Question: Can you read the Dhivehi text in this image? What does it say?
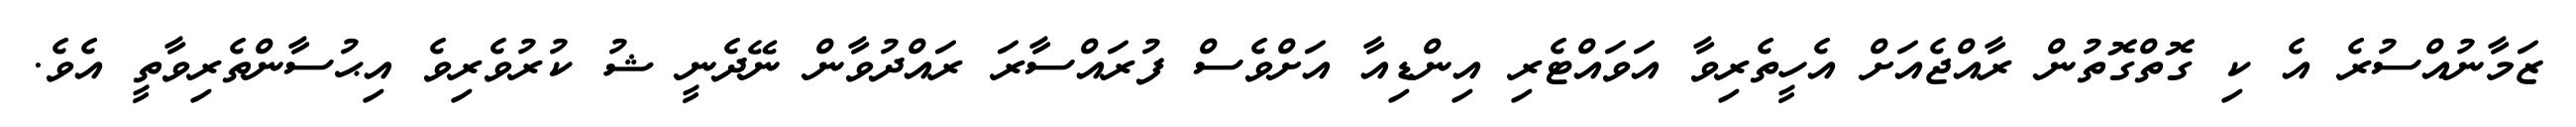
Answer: ޒަމާނުއްސުރެ އެ ކި ގޮތްގޮތުން ރާއްޖެއަށް އެހީތެރިވާ އަވައްޓެރި އިންޑިއާ އަށްވެސް ފުރައްސާރަ ރައްދުވާން ނޭދެނީ ޝު ކުރުވެރިވެ އިޙުސާންތެރިވާތީ އެވެ.